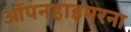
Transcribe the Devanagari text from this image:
ऑपनहाइमरना